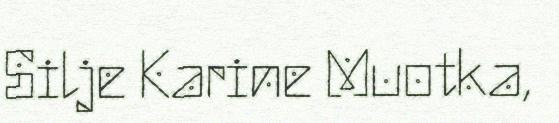
Silje Karine Muotka,